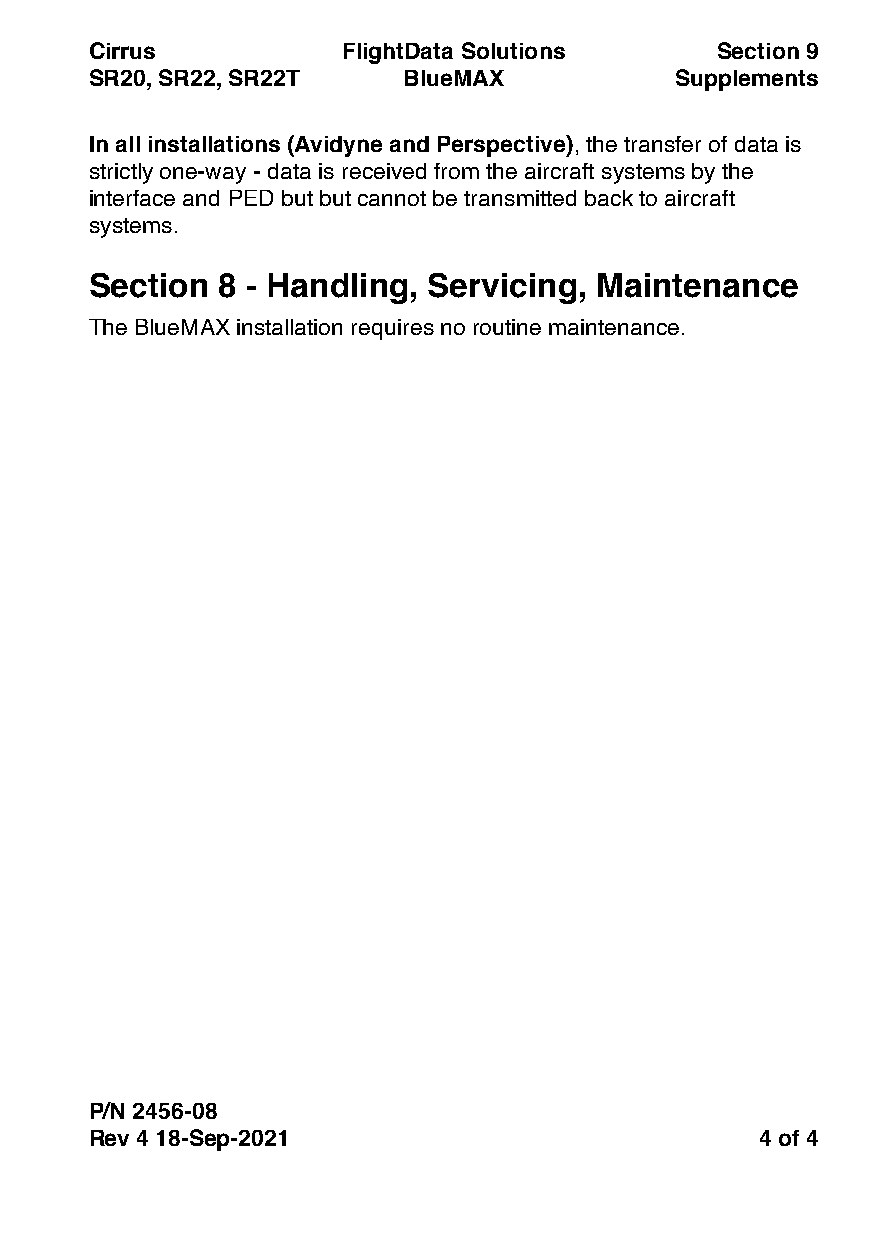
Cirrus           FlightData Solutions    Section 9
 SR20, SR22, SR22T    BlueMAX           Supplements
 In all installations (Avidyne and Perspective), the transfer of data is
 strictly one-way - data is received from the aircraft systems by the
 interface and PED but but cannot be transmitted back to aircraft
 systems.
 Section 8 - Handling, Servicing, Maintenance
 The BlueMAX installation requires no routine maintenance.
 P/N 2456-08
 Rev 4 18-Sep-2021                           4 of 4